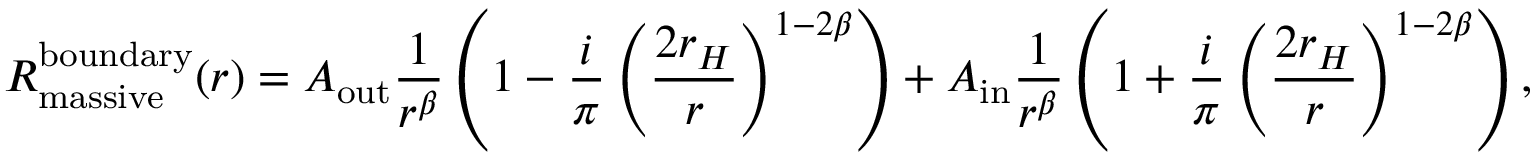
R _ { \mathrm { m a s s i v e } } ^ { \mathrm { b o u n d a r y } } ( r ) = A _ { \mathrm { o u t } } \frac { 1 } { r ^ { \beta } } \left( 1 - \frac { i } { \pi } \left( \frac { 2 r _ { H } } { r } \right) ^ { 1 - 2 \beta } \right) + A _ { \mathrm { i n } } \frac { 1 } { r ^ { \beta } } \left( 1 + \frac { i } { \pi } \left( \frac { 2 r _ { H } } { r } \right) ^ { 1 - 2 \beta } \right) ,